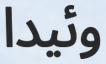
وئيدا